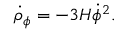
\dot { \rho } _ { \phi } = - 3 H { \dot { \phi } } ^ { 2 } .